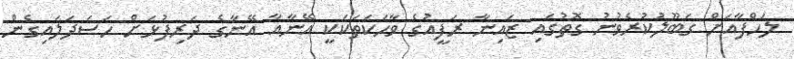
ލަހްފާއަށް ގަބޫލުކުރެވުނު ގޮތުގައި ޒައިނާ ރަފީއުގެ ވާހަކަތަކަކީ އޭނާއާ އޭނާގެ ދަރިފުޅަށް ހަސަދަލައިގެން